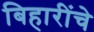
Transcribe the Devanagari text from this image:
बिहारींचे